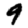
Digit: 9